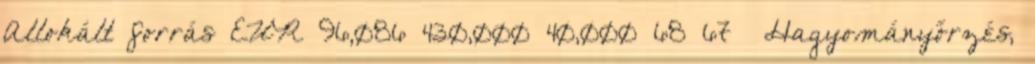
Allokált forrás EUR 96,086 430,000 40,000 68 67 ▪Hagyományőrzés,